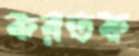
করতক